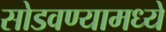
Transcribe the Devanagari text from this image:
सोडवण्यामध्ये